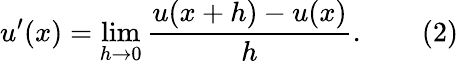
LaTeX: u^{\prime}(x)=\operatorname*{lim}_{h\rightarrow 0}{\frac{u(x+h)-u(x)}{h}}.\qquad(2)